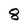
Character: 8